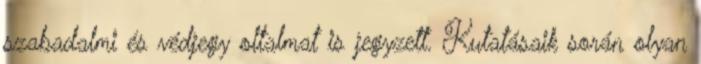
szabadalmi és védjegy oltalmat is jegyzett. Kutatásaik során olyan